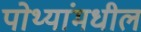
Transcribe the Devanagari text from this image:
पोथ्यांमधील